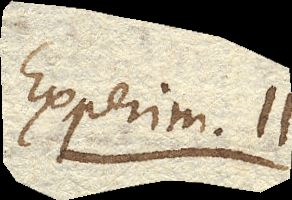
Experim. 11